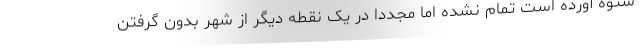
ستوه آورده است تمام نشده اما مجدداً در یک نقطه دیگر از شهر بدون گرفتن